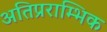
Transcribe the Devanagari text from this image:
अतिप्रराम्भिक